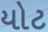
યોટ